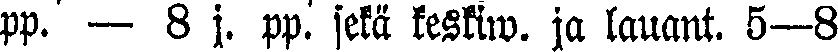
pp. — 8 j. pp. sekä keskiw. ja lauant. 5—8